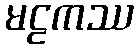
မဠကဿ